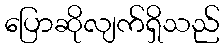
ပြောဆိုလျက်ရှိသည်